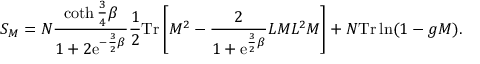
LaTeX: S _ { M } = N \frac { \coth \frac { 3 } { 4 } \beta } { 1 + 2 \mathrm { e } ^ { - \frac { 3 } { 2 } \beta } } \frac { 1 } { 2 } \mathrm { T r } \left[ M ^ { 2 } - \frac { 2 } { 1 + \mathrm { e } ^ { \frac { 3 } { 2 } \beta } } { \cal L } M { \cal L } ^ { 2 } M \right] + N \mathrm { T r } \ln ( 1 - g M ) .